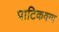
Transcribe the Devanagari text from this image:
पाटिकवग्ग